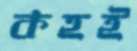
কহই